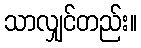
သာလျှင်တည်း။